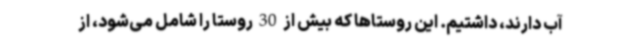
آب دارند، داشتیم. این روستاها که بیش از 30 روستا را شامل می‌شود، از